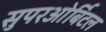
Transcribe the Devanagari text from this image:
सुपरओर्बिटल